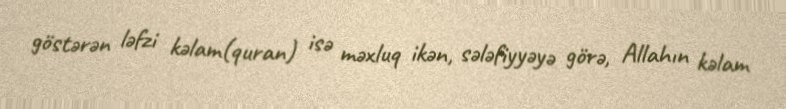
göstərən ləfzi kəlam(quran) isə məxluq ikən, sələfiyyəyə görə, Allahın kəlam